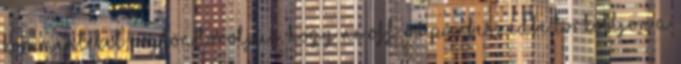
kommenteket rögtön töröljük, hogy ne OFF-os párbeszédbe torkolljon a